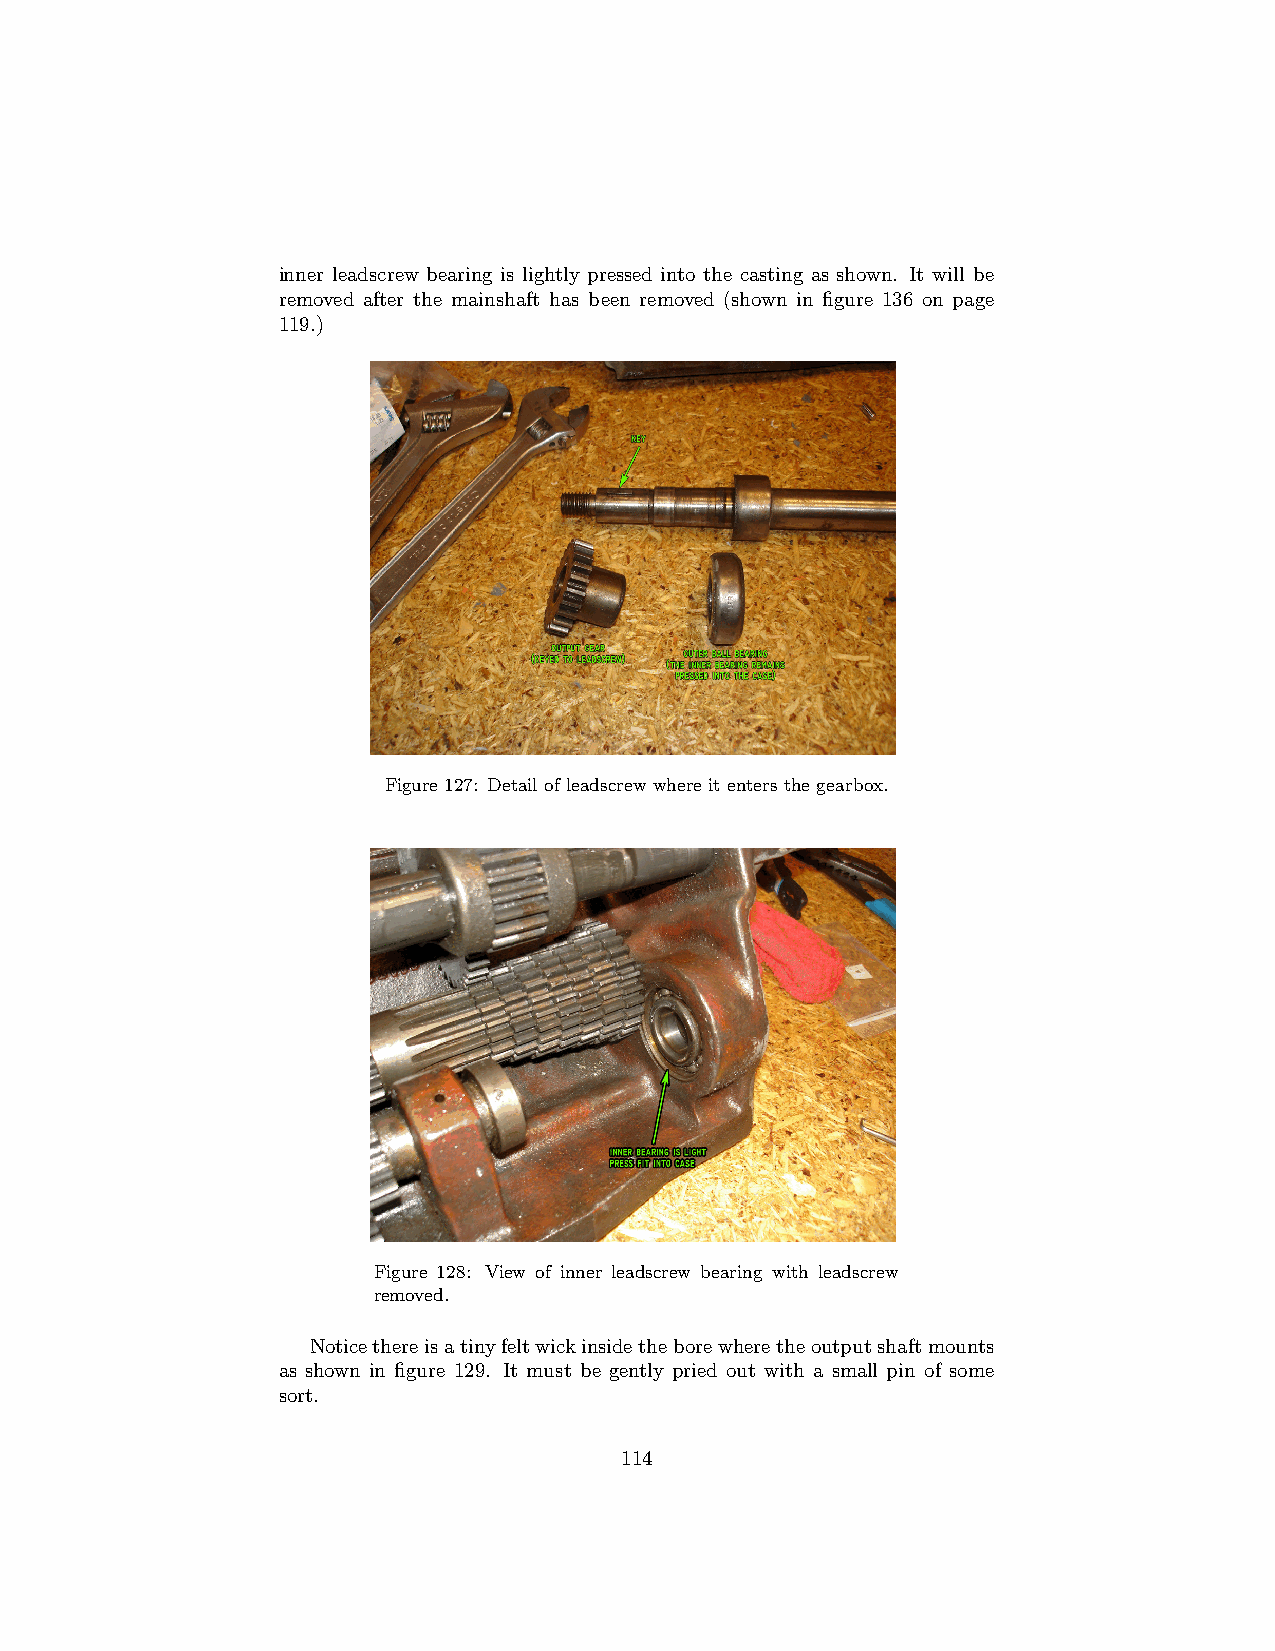
inner leadscrew bearing is lightly pressed into the casting as shown. It will be
 removed after the mainshaft has been removed (shown in figure 136 on page
 119.)
 Figure 127: Detail of leadscrew where it enters the gearbox.
 Figure 128: View of inner leadscrew bearing with leadscrew
 removed.
 Noticethereisatinyfeltwickinsidetheborewheretheoutputshaftmounts
 as shown in figure 129. It must be gently pried out with a small pin of some
 sort.
 114